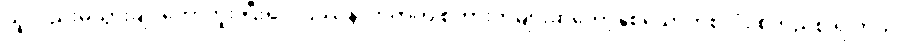
သူလည်းမသွားချင်တော့ဘူး ပြီးရင် ပြဿနာကတက် စကားကများဆိုတော့နှစ်ယောက်စလုံး စိတ်ညစ် ရ တယ်။